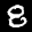
Label: 8